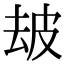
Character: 𤿜